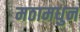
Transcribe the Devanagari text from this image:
मठामधुन